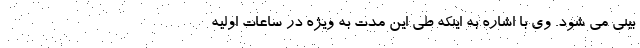
بینی می شود. وی با اشاره به اینکه طی این مدت به ویژه در ساعات اولیه